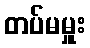
တပ်မမှူး